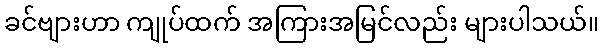
ခင်ဗျားဟာ ကျုပ်ထက် အကြားအမြင်လည်း များပါသယ်။